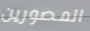
المصورين